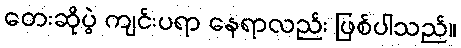
တေးဆိုပွဲ ကျင်းပရာ နေရာလည်း ဖြစ်ပါသည်။